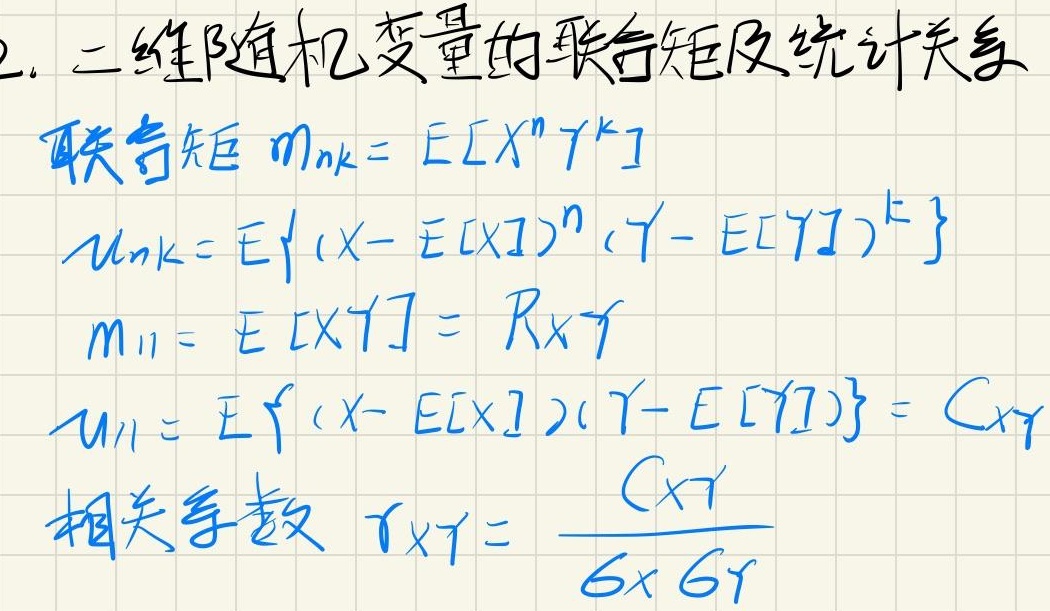
2. 二维随机变量的联合矩及统计关系
联合矩
\(m_{nk}= E[X^{n}Y^{k}]\)
\(u_{nk}= E\{(X - E[X])^{n}(Y - E[Y])^{k}\}\)
\(m_{11}= E[XY]= R_{XY}\)
\(u_{11}= E\{(X - E[X])(Y - E[Y])\}= C_{XY}\)
相关系数 \(r_{XY}= \frac{C_{XY}}{\sigma_{X}\sigma_{Y}}\)